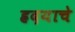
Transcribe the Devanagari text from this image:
ह्रदयाचे